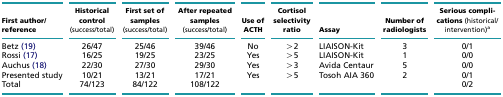
<table><thead><tr><td><b>First author/reference</b></td><td><b>Historical control (success/total)</b></td><td><b>First set of samples (success/total)</b></td><td><b>After repeated samples (success/total)</b></td><td><b>Use of ACTH</b></td><td><b>Cortisol selectivity ratio</b></td><td><b>Assay</b></td><td><b>Number of radiologists</b></td><td><b>Serious complications (historical/intervention)a</b></td></tr></thead><tbody><tr><td>Betz (19)</td><td>26/47</td><td>25/46</td><td>39/46</td><td>No</td><td>&gt;2</td><td>LIAISON-Kit</td><td>3</td><td>0/1</td></tr><tr><td>Rossi (17)</td><td>16/25</td><td>19/25</td><td>23/25</td><td>Yes</td><td>&gt;5</td><td>LIAISON-Kit</td><td>1</td><td>0/0</td></tr><tr><td>Auchus (18)</td><td>22/30</td><td>27/30</td><td>29/30</td><td>Yes</td><td>&gt;3</td><td>Avida Centaur</td><td>5</td><td>0/0</td></tr><tr><td>Presented study</td><td>10/21</td><td>13/21</td><td>17/21</td><td>Yes</td><td>&gt;5</td><td>Tosoh AIA 360</td><td>2</td><td>0/1</td></tr><tr><td>Total</td><td>74/123</td><td>84/122</td><td>108/122</td><td>[EMPTY_CELL]</td><td>[EMPTY_CELL]</td><td>[EMPTY_CELL]</td><td>[EMPTY_CELL]</td><td>0/2</td></tr></tbody></table>